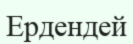
Ердендей